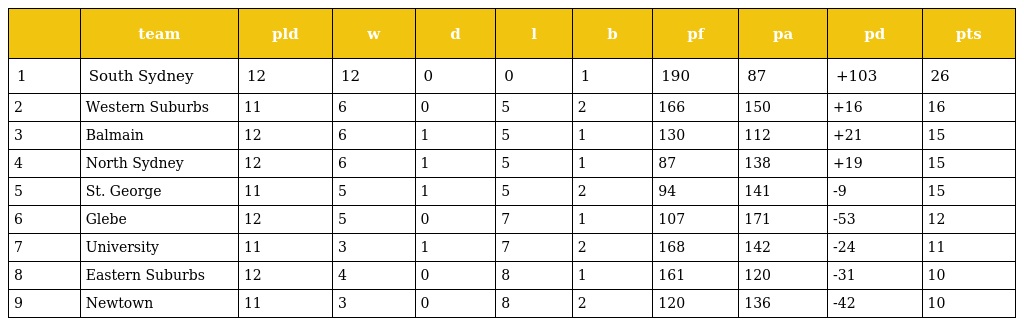
|  | team | pld | w | d | l | b | pf | pa | pd | pts |
 | --- | --- | --- | --- | --- | --- | --- | --- | --- | --- | --- |
 | 1 | South Sydney | 12 | 12 | 0 | 0 | 1 | 190 | 87 | +103 | 26 |
 | 2 | Western Suburbs | 11 | 6 | 0 | 5 | 2 | 166 | 150 | +16 | 16 |
 | 3 | Balmain | 12 | 6 | 1 | 5 | 1 | 130 | 112 | +21 | 15 |
 | 4 | North Sydney | 12 | 6 | 1 | 5 | 1 | 87 | 138 | +19 | 15 |
 | 5 | St. George | 11 | 5 | 1 | 5 | 2 | 94 | 141 | -9 | 15 |
 | 6 | Glebe | 12 | 5 | 0 | 7 | 1 | 107 | 171 | -53 | 12 |
 | 7 | University | 11 | 3 | 1 | 7 | 2 | 168 | 142 | -24 | 11 |
 | 8 | Eastern Suburbs | 12 | 4 | 0 | 8 | 1 | 161 | 120 | -31 | 10 |
 | 9 | Newtown | 11 | 3 | 0 | 8 | 2 | 120 | 136 | -42 | 10 |